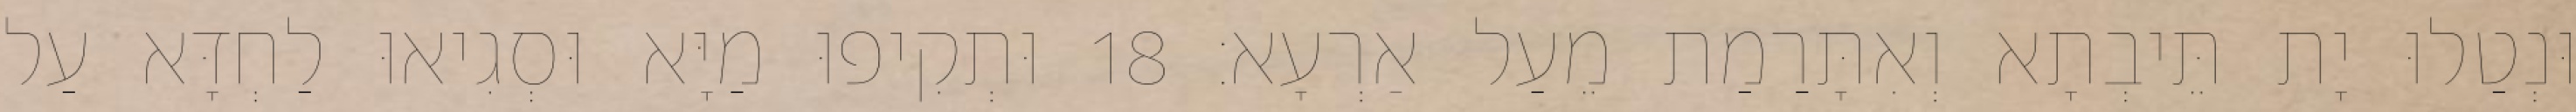
וּנְטַלוּ יָת תֵּיבְתָא וְאִתָּרַמַת מֵעַל אַרְעָא׃ 18 וּתְקִיפוּ מַיָּא וּסְגִיאוּ לַחְדָּא עַל